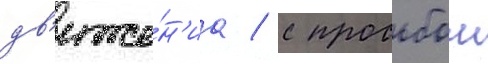
дв'иже́н'иа / с просьбои